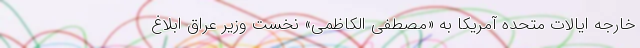
خارجه ایالات متحده آمریکا به «مصطفی الکاظمی» نخست وزیر عراق ابلاغ